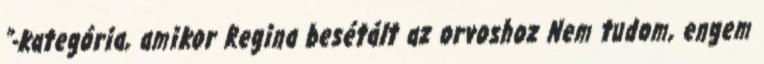
”-kategória, amikor Regina besétált az orvoshoz Nem tudom, engem